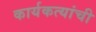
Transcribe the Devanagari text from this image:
कार्यकत्यांची